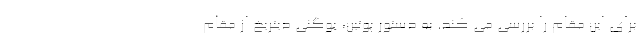
برای این مقام را بررسی می کند. به دستور پوتین، یوگنی دیتریخ از مقام